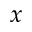
x